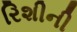
રિશીની